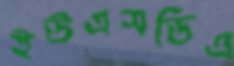
ইউএসডিএ